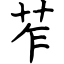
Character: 苲